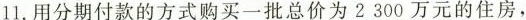
11. 用分期付款的方式购买一批总价为 2 300 万元的住房，